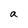
Character: a